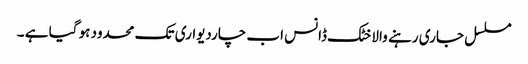
مسلسل جاری رہنے والا خٹک ڈانس اب چاردیواری تک محدود ہو گیا ہے ۔